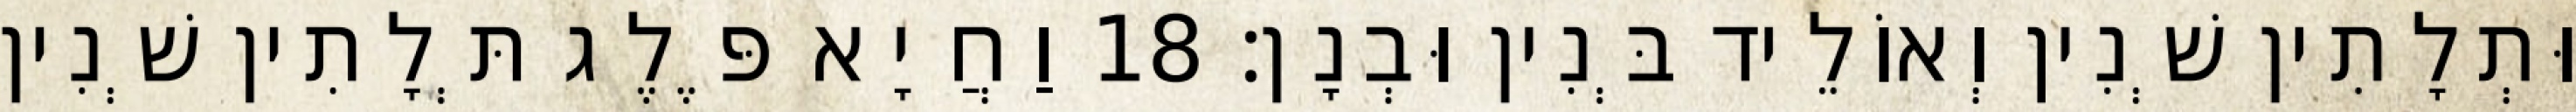
וּתְלָתִין שְׁנִין וְאוֹלֵיד בְּנִין וּבְנָן׃ 18 וַחֲיָא פֶּלֶג תְּלָתִין שְׁנִין